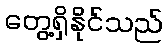
တွေ့ရှိနိုင်သည်